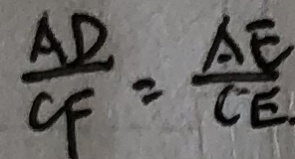
\frac { A D } { C F } = \frac { A E } { C E }